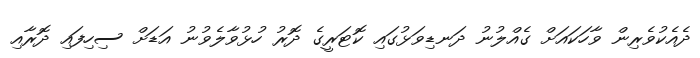
ދެއެކުވެރިން ވާހަކައަށް ގެއްލުނު ދަނޑިވަޅުގައި ކޮޓަރީގެ ދޮރު ހުޅުވާލެވުނު އަޑަށް ސިހިފައި ދޮރާއި